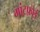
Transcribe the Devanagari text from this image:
मांटफ़ोर्ड